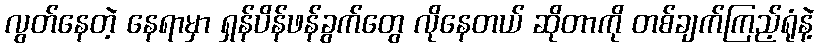
လွတ်နေတဲ့ နေရာမှာ ရှန်ပိန်ဖန်ခွက်တွေ လိုနေတယ် ဆိုတာကို တစ်ချက်ကြည့်ရုံနဲ့